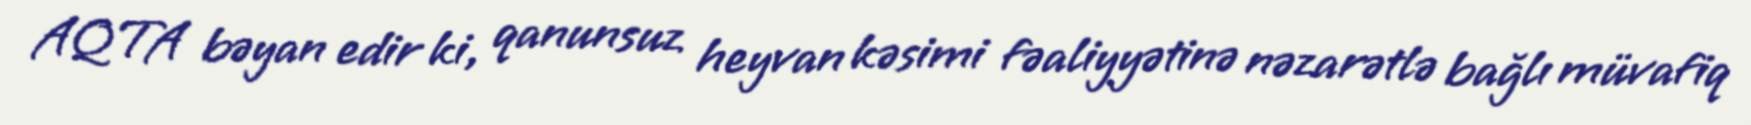
AQTA bəyan edir ki, qanunsuz heyvan kəsimi fəaliyyətinə nəzarətlə bağlı müvafiq